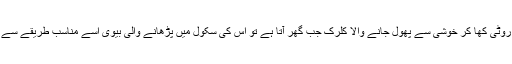
انہیں شکوہ تھا کہ ڈبل روٹی کھا کر خوشی سے پھول جانے والا کلرک جب گھر آتا ہے تو اس کی سکول میں پڑھانے والی بیوی اسے مناسب طریقے سے روٹی پیش نہیں کرتی۔